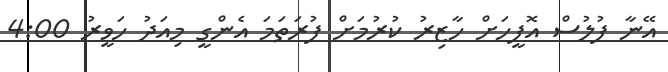
އޭނާ ފުލުސް އޮފީހަށް ހާޒިރު ކުރުމަށް ފުރަތަމަ އެންގީ މިއަދު ހަވީރު 4:00